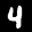
Label: 4